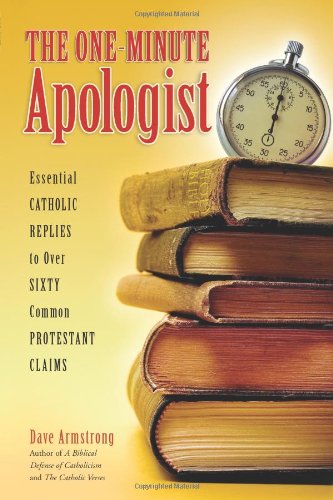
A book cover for One-Minute Apologist; Dave Armstrong; Christian Books & Bibles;